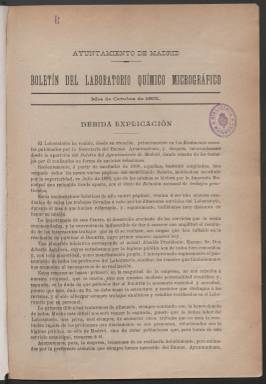
Título: Boletín del Laboratorio Municipal de Madrid
Otros títulos: Título de la cabecera: Boletín del Laboratorio Químico Micrográfico || Boletín de Laboratorio Municipal de Higiene de Madrid || Boletín del Laboratorio Municipal de Higiene
Colección: Salud e higiene
Ámbito geográfico: Madrid
Lugar de publicación: Madrid
Fechas: 01/10/1901-30/04/1908